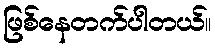
ဖြစ်နေတက်ပါတယ်။